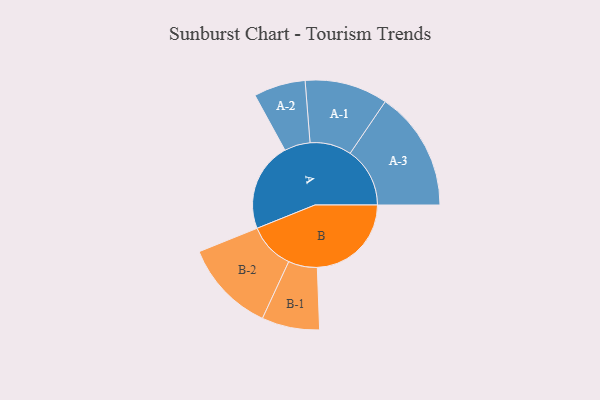
{"axis": {"x": "Segment", "y": "Value"}, "legend": ["", "A", "B"], "data": [{"x": "A", "y": 410, "type": ""}, {"x": "B", "y": 433, "type": ""}, {"x": "A-1", "y": 191, "type": "A"}, {"x": "A-2", "y": 119, "type": "A"}, {"x": "A-3", "y": 275, "type": "A"}, {"x": "B-1", "y": 133, "type": "B"}, {"x": "B-2", "y": 213, "type": "B"}]}